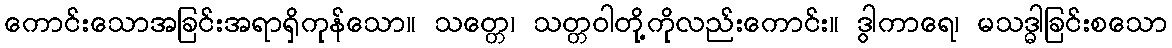
ကောင်းသောအခြင်းအရာရှိကုန်သော။ သတ္တေ၊ သတ္တဝါတို့ကိုလည်းကောင်း။ ဒွါကာရေ၊ မသဒ္ဓါခြင်းစသော